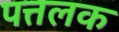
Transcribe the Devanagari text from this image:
पत्तलक